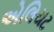
એલિયટ